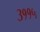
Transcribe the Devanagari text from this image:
३११५